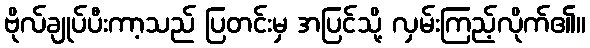
ဗိုလ်ချုပ်ပီးကာ့သည် ပြတင်းမှ အပြင်သို့ လှမ်းကြည့်လိုက်၏။